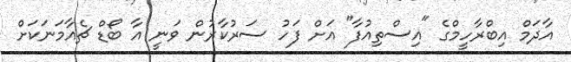
އާދަމް އިބްރާހީމްގެ "އިސްތިއުފާ" އަށް ފަހު ސަރުކާރުން ވަނީ އާ ބޯޑް ޗެއާމަނަކަށް